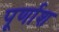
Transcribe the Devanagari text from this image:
पूर्णाश